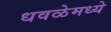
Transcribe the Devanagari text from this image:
धवळेमध्ये